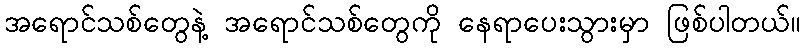
အရောင်သစ်တွေနဲ့ အရောင်သစ်တွေကို နေရာပေးသွားမှာ ဖြစ်ပါတယ်။